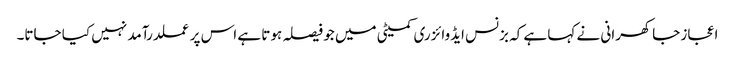
اعجاز جاکھرانی نے کہا ہے کہ بزنس ایڈوائزری کمیٹی میں جو فیصلہ ہوتا ہے اس پر عملدرآمد نہیں کیا جاتا۔